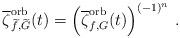
LaTeX: \begin{align*} \overline{\zeta}^{{\rm orb}}_{\widetilde{f},\widetilde{G}}(t)=\left( \overline{\zeta}^{{\rm orb}}_{f,G}(t) \right)^{(-1)^n}\,. \end{align*}